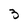
Character: 3